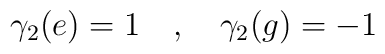
\gamma_2 (e ) = 1~~~,~~~\gamma_2 (g) = -1